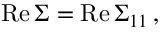
\mathrm { R e } \, \Sigma = \mathrm { R e } \, { \Sigma } _ { 1 1 } \, ,